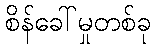
စိန်ခေါ်မှုတစ်ခု